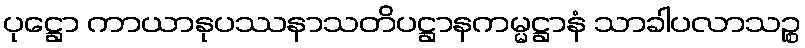
ပုဋ္ဌော ကာယာနုပဿနာသတိပဋ္ဌာနကမ္မဋ္ဌာနံ သာခါပလာသဉ္စ